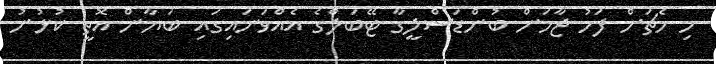
މި މެޗަށް ފަހު ޖާމަން ބުންޑަސްލީގާ ޓޭބަލްގެ އެއްވަނައިގައި ބަޔާން އޮތީ ކުޅުނު